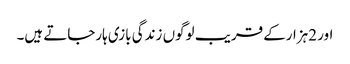
اور 2ہزارکے قریب لوگوں زندگی بازی ہارجاتے ہیں۔